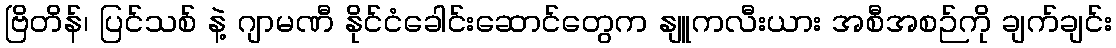
ဗြိတိန်၊ ပြင်သစ် နဲ့ ဂျာမဏီ နိုင်ငံခေါင်းဆောင်တွေက နျူကလီးယား အစီအစဉ်ကို ချက်ချင်း